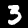
Label: 3